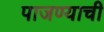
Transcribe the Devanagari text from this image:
पाजण्याची